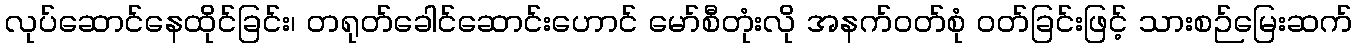
လုပ်ဆောင်နေထိုင်ခြင်း၊ တရုတ်ခေါင်ဆောင်းဟောင် မော်စီတုံးလို အနက်ဝတ်စုံ ဝတ်ခြင်းဖြင့် သားစဉ်မြေးဆက်